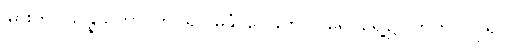
မြားကို။ သန္နယှိတွာ၊ တင်၍။ ဓနုံ၊ လေးကို။ ပုရေ၊ ရှေ့၌။ ကတွာ၊ ပြု၍။